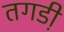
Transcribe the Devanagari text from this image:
तगडी़